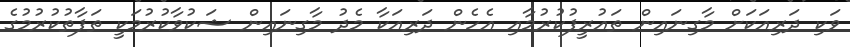
ވަކި ދަރިއަކަށް މާގިނައިން ތައުރީފުކުރުމާއި އެހެން ދަރިއަކާ މެދު މާގިނައިން ޝަކުވާކުރުމަކީ ތަފާތުކުރުމުގެ